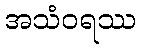
အသံဝရဿ